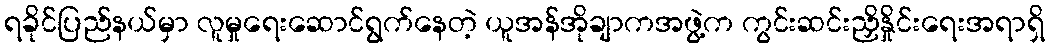
ရခိုင်ပြည်နယ်မှာ လူမှုရေးဆောင်ရွက်နေတဲ့ ယူအန်အိုချာကအဖွဲ့က ကွင်းဆင်းညှိနှိုင်းရေးအရာရှိ